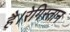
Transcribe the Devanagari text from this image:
है।रेगिस्तान